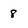
Character: 8